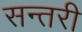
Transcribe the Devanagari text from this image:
सन्तरी